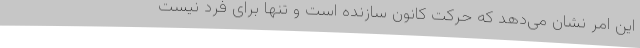
این امر نشان می‌دهد که حرکت کانون سازنده است و تنها برای فرد نیست